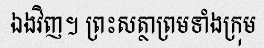
ឯងវិញ។ ព្រះសត្ថាព្រមទាំងក្រុម